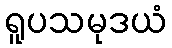
ရူပသမုဒယံ